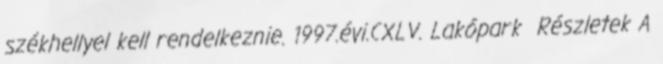
székhellyel kell rendelkeznie. 1997.évi.CXLV. Lakópark Részletek A